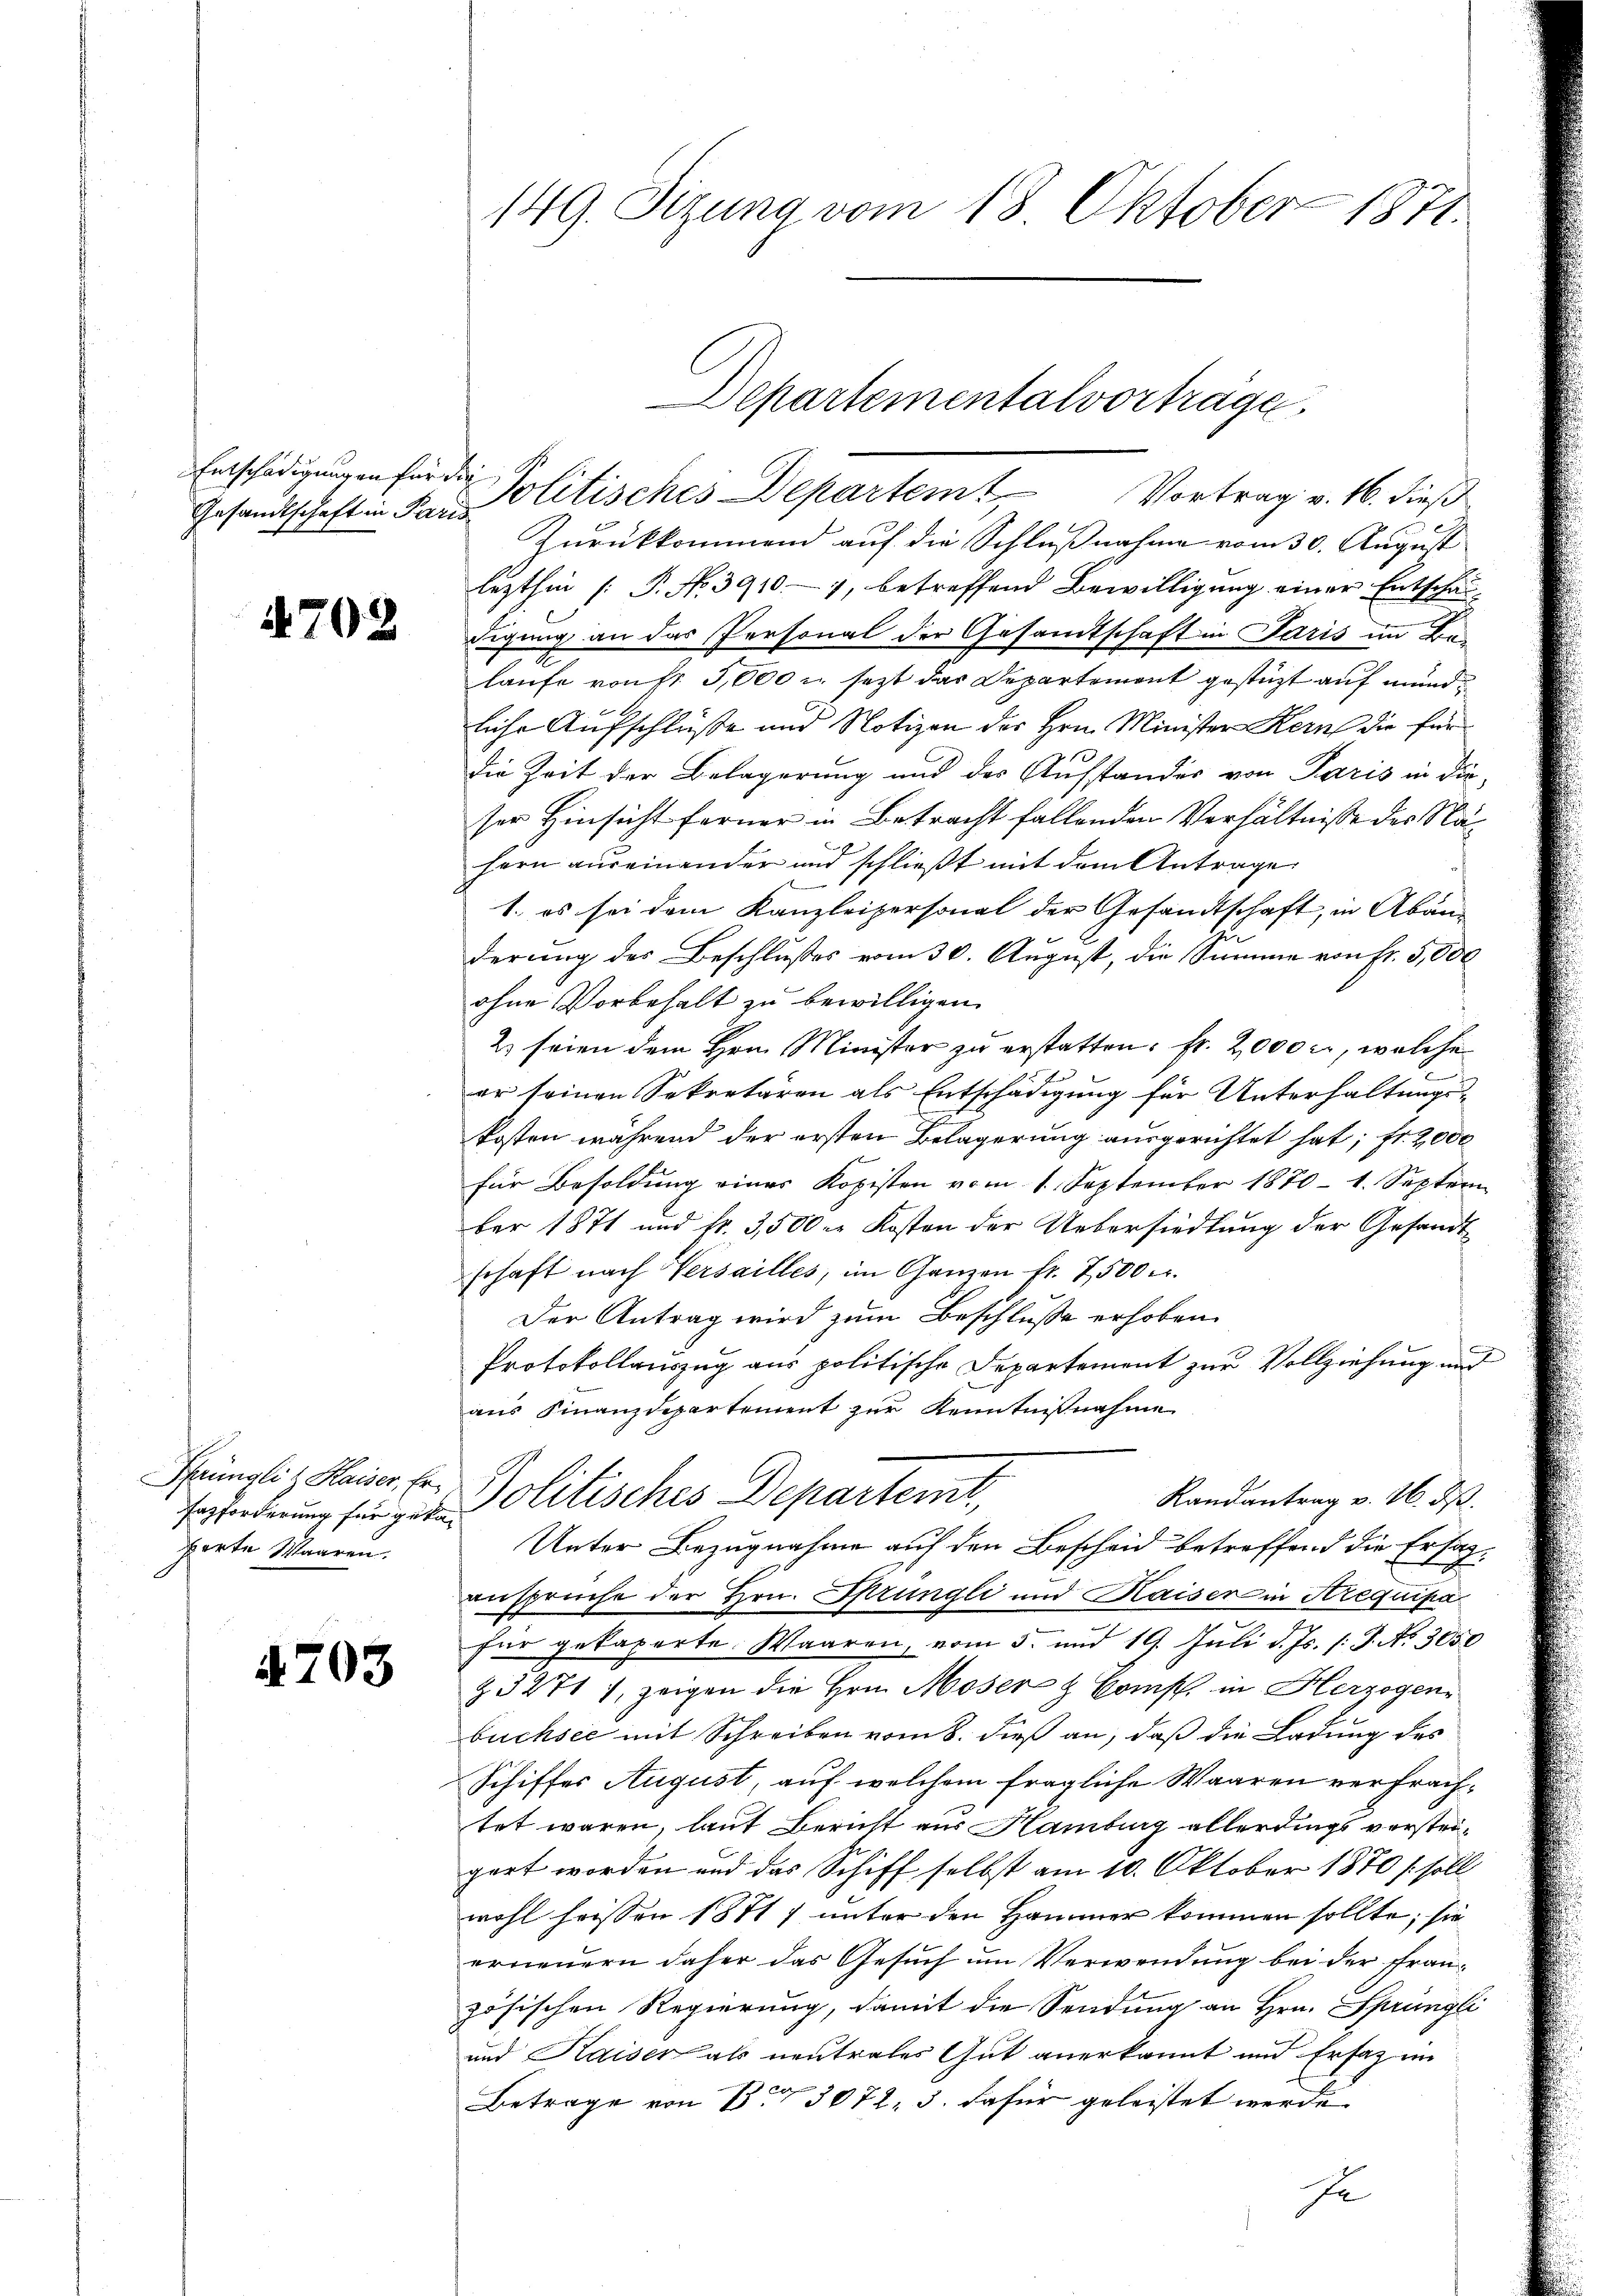
Entschädigungen für die

4702

Pfrünglitz Haiser, Erporte Waaren.

4703

149. Sizung vom 18. Oktober 1871.

Zurückkommend auf die Schlußnahme vom 30. August
lezthin /: P. No. 39107, betreffend Bewilligung einer Entschäddigung an das Personal der Gesamtschaft in Paris im Be-
laufe von fr 5,000 u. setzt das Departemont gestüzt auf mundliche Aufschlüße und Notizen des Hrn. Minister Kern die für
die Zeit der Belagerung und des Aufstandes von Paris in die
ser Hinsicht ferner in Betracht fallenden Verhältnisse des Nähern auseinander und schließt mit dem Antrage
1. es sei dem Kanzleipersonal der Gesandtschaft, in Abänderung des Beschlußes vom 30. August, die Summe von Fr. 5,000
ohne Vorbehalt zu bewilligen.
2 seien dem Hrn. Minister zu erstatten. Fr. 2000 c, welche
er seinen Sekretären als Entschädigung für Unterhaltungskosten während der ersten Belagerung ausgerichtet hat; fr. 2000
für Besoldŭng eines Kopisten vom 1. September 1870 - 1. Septem
ber 1871 und fr. 3500. Kosten der Uebersiedlung der Gesandt-
schaft nach Versailles, im Ganzen fr. 2500 Fr.
Der Antrag wird zum Beschlusse erhoben.
Protokollauszug aus politische Departement zur Vollziehung und
aus Finanzdepartement zur Kenntnißnahme
Randantrag v. 26. d.
Erforderung sei zur Politisches Departeme,
Unter Bezugnahme auf den Bescheid betreffend die Ersatansprüche der Hrn. Sprüngli und Kaiser in Arequipa
für gekaperte. Waaren, vom 5. und 19. Juli d. Js. l. J. No. 3050
Z 32717, zeigen die Hrn. Moser & Comp. in Herzogen-
büchsee mit Schreiben vom 8. dieß an, daß die Ladung des
Schiffes August, auf welchem fragliche Waaren verfrachtet waren, laut Bericht aus Hamburg allerdings verstrigert worden und das Schiff selbst am 10. Oktober 1870 / soll
wohl heissen 1871) unter den Hammer kommen sollte; sie
erneuern daher das Gesuch um Verwendung bei der Französischen Regierung, damit die Sendung an Hrn. Sprüngli
und Kaiser als neutrales Gut anerkannt und Erfaz im
Betrage von BZ 3072. 3. dafür geleistet werde

Departemental vorträge
Gesandtschaft in Par Politisches Departem Vortrag v. 16. dieß